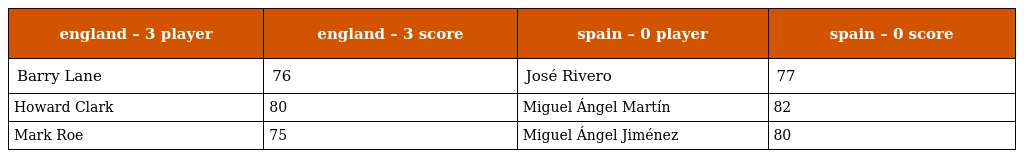
| england – 3 player | england – 3 score | spain – 0 player | spain – 0 score |
 | --- | --- | --- | --- |
 | Barry Lane | 76 | José Rivero | 77 |
 | Howard Clark | 80 | Miguel Ángel Martín | 82 |
 | Mark Roe | 75 | Miguel Ángel Jiménez | 80 |